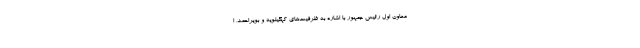
معاون اول رئیس جمهور با اشاره به ظرفیت‌های کهگیلویه و بویراحمد، ا